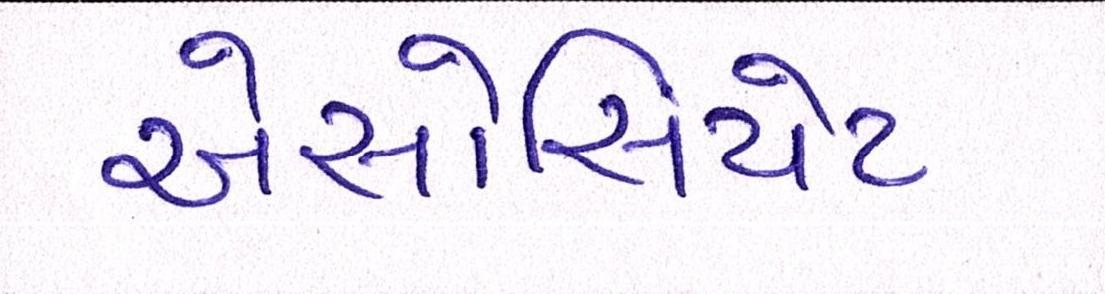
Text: એસોસિયેટ